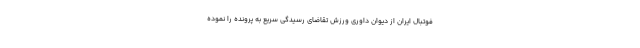
فوتبال ایران از دیوان داوری ورزش تقاضای رسیدگی سریع به پرونده را نموده